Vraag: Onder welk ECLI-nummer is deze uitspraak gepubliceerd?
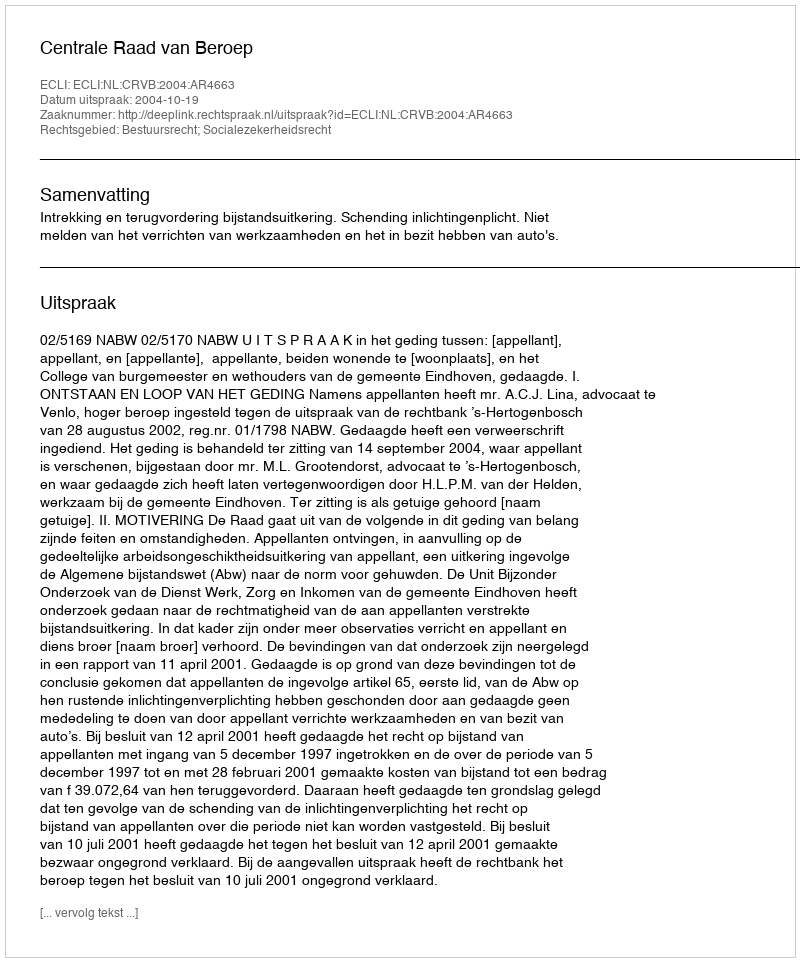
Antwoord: ECLI:NL:CRVB:2004:AR4663